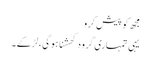
مجھ کو پیش کرو
یہی تمہاری گرو دکھشنا ہو گی ، لڑکے ۔